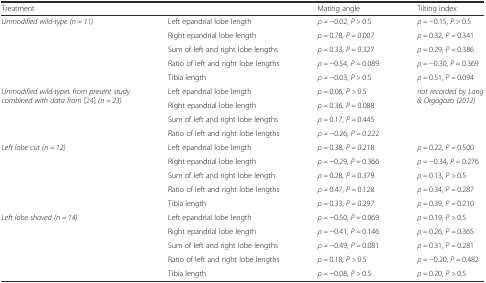
<table><thead><tr><td><b>Treatment</b></td><td></td><td><b>Mating angle</b></td><td><b>Tilting index</b></td></tr></thead><tbody><tr><td rowspan="5"><i>Unmodified wild-type (n = 11)</i></td><td>Left epandrial lobe length</td><td><i>ρ =</i> −0.02, <i>P &gt;</i> 0.5</td><td><i>ρ =</i> −0.15, <i>P &gt;</i> 0.5</td></tr><tr><td>Right epandrial lobe length</td><td><i>ρ =</i> 0.78, <i>P =</i> 0.007</td><td><i>ρ =</i> 0.32, <i>P =</i> 0.341</td></tr><tr><td>Sum of left and right lobe lengths</td><td><i>ρ =</i> 0.33, <i>P =</i> 0.327</td><td><i>ρ =</i> 0.29, <i>P =</i> 0.386</td></tr><tr><td>Ratio of left and right lobe lengths</td><td><i>ρ =</i> −0.54, <i>P =</i> 0.089</td><td><i>ρ =</i> −0.30, <i>P =</i> 0.369</td></tr><tr><td>Tibia length</td><td><i>ρ =</i> −0.03, <i>P &gt;</i> 0.5</td><td><i>ρ =</i> 0.51, <i>P =</i> 0.094</td></tr><tr><td rowspan="4"><i>Unmodified wild-types from present study combined with data from</i> [24] <i>(n = 23)</i></td><td>Left epandrial lobe length</td><td><i>ρ =</i> 0.06, <i>P &gt;</i> 0.5</td><td rowspan="4"><i>not recorded by Lang &amp; Orgogozo (2012)</i></td></tr><tr><td>Right epandrial lobe length</td><td><i>ρ =</i> 0.36, <i>P =</i> 0.088</td></tr><tr><td>Sum of left and right lobe lengths</td><td><i>ρ =</i> 0.17, <i>P =</i> 0.445</td></tr><tr><td>Ratio of left and right lobe lengths</td><td><i>ρ =</i> −0.26, <i>P =</i> 0.222</td></tr><tr><td rowspan="5"><i>Left lobe cut (n = 12)</i></td><td>Left epandrial lobe length</td><td><i>ρ =</i> 0.38, <i>P =</i> 0.218</td><td><i>ρ =</i> 0.22, <i>P =</i> 0.500</td></tr><tr><td>Right epandrial lobe length</td><td><i>ρ =</i> −0.29, <i>P =</i> 0.366</td><td><i>ρ =</i> −0.34, <i>P =</i> 0.276</td></tr><tr><td>Sum of left and right lobe length</td><td><i>ρ =</i> 0.28, <i>P =</i> 0.379</td><td><i>ρ =</i> 0.13, <i>P &gt;</i> 0.5</td></tr><tr><td>Ratio of left and right lobe lengths</td><td><i>ρ =</i> 0.47, <i>P =</i> 0.128</td><td><i>ρ =</i> 0.34, <i>P =</i> 0.287</td></tr><tr><td>Tibia length</td><td><i>ρ =</i> 0.33, <i>P =</i> 0.297</td><td><i>ρ =</i> 0.39, <i>P =</i> 0.210</td></tr><tr><td rowspan="5"><i>Left lobe shaved (n = 14)</i></td><td>Left epandrial lobe length</td><td><i>ρ =</i> −0.50, <i>P =</i> 0.069</td><td><i>ρ =</i> 0.19, <i>P &gt;</i> 0.5</td></tr><tr><td>Right epandrial lobe length</td><td><i>ρ =</i> −0.41, <i>P =</i> 0.146</td><td><i>ρ =</i> 0.26, <i>P =</i> 0.365</td></tr><tr><td>Sum of left and right lobe lengths</td><td><i>ρ =</i> −0.49, <i>P =</i> 0.081</td><td><i>ρ =</i> 0.31, <i>P =</i> 0.281</td></tr><tr><td>Ratio of left and right lobe lengths</td><td><i>ρ =</i> 0.18, <i>P &gt;</i> 0.5</td><td><i>ρ =</i> −0.20, <i>P =</i> 0.482</td></tr><tr><td>Tibia length</td><td><i>ρ =</i> −0.08, <i>P &gt;</i> 0.5</td><td><i>ρ =</i> 0.20, <i>P &gt;</i> 0.5</td></tr></tbody></table>